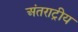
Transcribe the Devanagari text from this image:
अंतराट्रीय